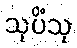
သုပိံသု